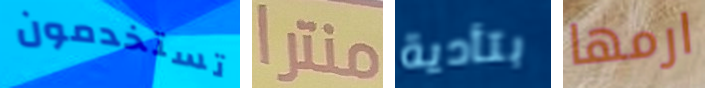
تستخدمون منترا بتأدية ارمها